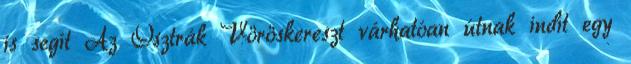
is segít Az Osztrák Vöröskereszt várhatóan útnak indít egy